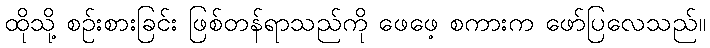
ထိုသို့ စဉ်းစားခြင်း ဖြစ်တန်ရာသည်ကို ဖေဖေ့ စကားက ဖော်ပြလေသည်။